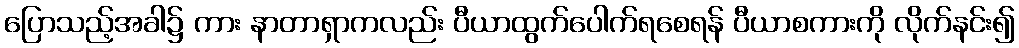
ပြောသည့်အခါ၌ ကား နာတာရှာကလည်း ပီယာထွက်ပေါက်ရစေရန် ပီယာစကားကို လိုက်နင်း၍